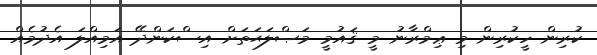
ކުރިން ހީކުރިން މި ޢިމްރާނު މީ ޤައުމީ މަޞްލަޙަތަށް އިސްކަންދޭ އަމިއްލަ އެދުމެއް